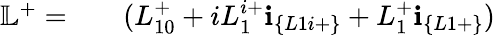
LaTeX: \begin{array}{rlr}{\mathbb{L}^{+}=}&{{}}&{(L_{10}^{+}+iL_{1}^{i+}\textbf{i}_{\{ L1i+\} }+L_{1}^{+}\textbf{i}_{\{ L1+\} })}\end{array}